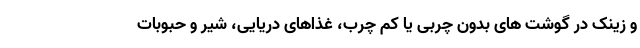
و زینک در گوشت های بدون چربی یا کم چرب، غذاهای دریایی، شیر و حبوبات